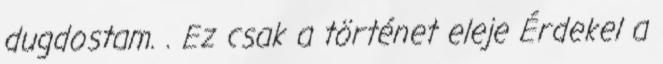
dugdostam. . Ez csak a történet eleje Érdekel a